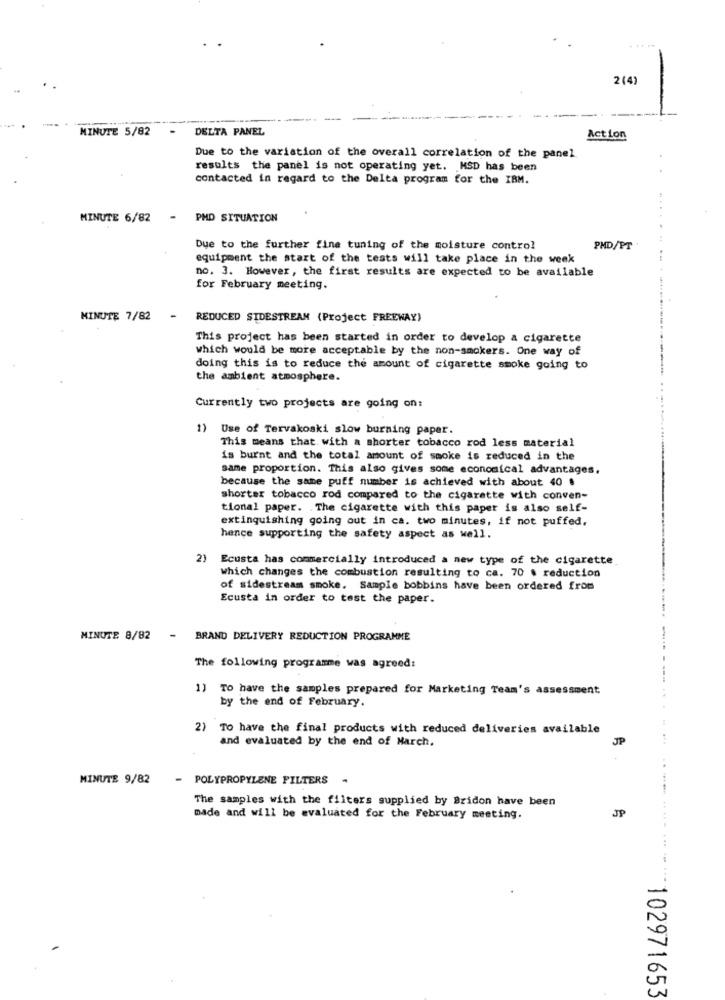
....
2 (4)
MINUTE 5/82
DELTA PANEL
Action
Due to the variation of the overall correlation of the panel
results the panel is not operating yet. MSD has been
contacted in regard to the Delta program for the IBM.
MINUTE 6/82 - PMD SITUATION
Due to the further fine tuning of the moisture control
PHD/PT
equipment the start of the tests will take place in the week
no. 3. However, the first results are expected to be available
for February meeting.
MINUTE 7/82
- REDUCED SIDESTREAM (Project FREEWAY)
This project has been started in order to develop a cigarette
which would be more acceptable by the non-smokers. One way of
doing this is to reduce the amount of cigarette smoke going to
the ambient atmosphere.
Currently two projects are going on:
1) Use of Tervakoski slow burning paper.
This means that with a shorter tobacco rod less material
is burnt and the total amount of smoke is reduced in the
same proportion. This also gives some economical advantages.
because the same puff number is achieved with about 40 .
shorter tobacco rod compared to the cigarette with conven-
tional paper. . The cigarette with this paper is also self-
extinguishing going out in ca. two minutes, if not puffed.
hence supporting the safety aspect as well.
2)
Ecusta has commercially introduced a new type of the cigarette
which changes the combustion resulting to ca. 70 . reduction
of sidestream smoke. Sample bobbins have been ordered from
Ecusta in order to test the paper.
MINUTE 8/82 - BRAND DELIVERY REDUCTION PROGRAMME
-
The following programme was agreed:
1) To have the samples prepared for Marketing Team's assessment
by the end of February.
2) To have the final products with reduced deliveries available
and evaluated by the end of March.
JP
MINUTE 9/82
POLYPROPYLENE FILTERS .
The samples with the filters supplied by Bridon have been
JP
made and will be evaluated for the February meeting.
102971653